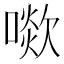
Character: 㗵